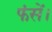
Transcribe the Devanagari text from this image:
फंसें।